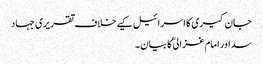
جان کیری کا اسرائیل کیے خلاف تقریری جہاد
سد اور امام غزالی ؒ کا بیان ۔